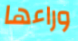
وراءها